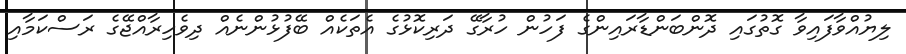
ލިޔުއްވާފައިވާ ގޮތުގައި ދޮންބަންޑާރައިންގެ ފަހުން ހުރާގޭ ދަރިކޮޅުގެ އެތަކެއް ބޭފުޅުންނެއް ދިވެހިރާއްޖޭގެ ރަސްކަމާއި